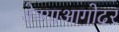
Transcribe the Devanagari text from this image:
येण्याआगोदर